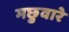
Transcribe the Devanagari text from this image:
मछुवारे